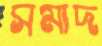
সমাদ